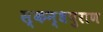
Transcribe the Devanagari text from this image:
स्कन्धपुराण